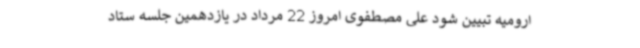
ارومیه تبیین شود علی مصطفوی امروز 22 مرداد در یازدهمین جلسه ستاد